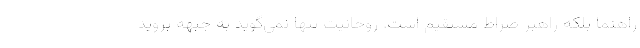
راهنما بلکه راهبر صراط مستقیم است. روحانیت تنها نمی‌گوید به جبهه بروید